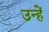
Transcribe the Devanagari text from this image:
उन्हेंं